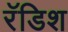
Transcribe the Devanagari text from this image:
रॅडिश